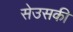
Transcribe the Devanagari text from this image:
सेउसकी